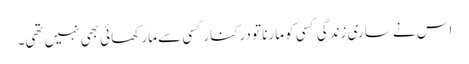
اس نے ساری زندگی کسی کو مارنا تو درکنار کسی سے مار کھائی بھی نہیں تھی۔